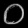
Digit: ၀